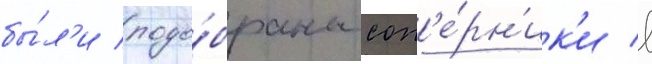
бы́л'и подо́браны соп'е́рн'ик'и в